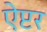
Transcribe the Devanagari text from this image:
ऐप्टर